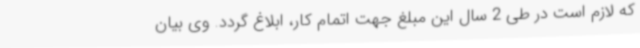
که لازم است در طی 2 سال این مبلغ جهت اتمام کار، ابلاغ گردد. وی بیان